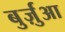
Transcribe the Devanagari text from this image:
बुर्ज़ुआ